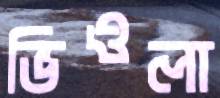
ভিওলা